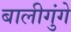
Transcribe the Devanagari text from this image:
बालीगुंगे